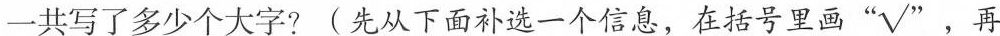
一共写了多少个大字? (先从下面补选一个信息，在括号里画”\surd ”，再